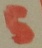
Text: 5